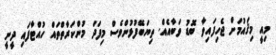
މިއީ މިޤައުމަށް ޖެހިފައިވާ ބޮޑު ވަބާއެއް. ތިޔަބޭފުޅުންވެސް މިފަދަ މުންކަރާތްތައް ހުއްޓާފައި ދީނީ